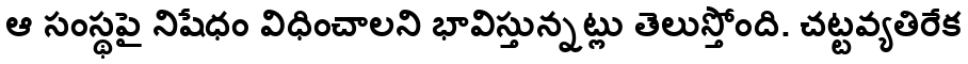
ఆ సంస్థపై నిషేధం విధించాలని భావిస్తున్నట్లు తెలుస్తోంది. చట్టవ్యతిరేక